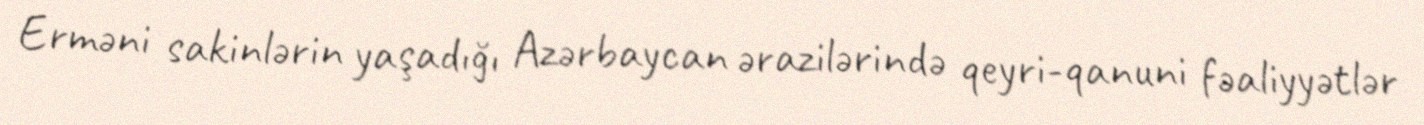
Erməni sakinlərin yaşadığı Azərbaycan ərazilərində qeyri-qanuni fəaliyyətlər